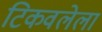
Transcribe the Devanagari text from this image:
टिकवलेला